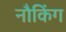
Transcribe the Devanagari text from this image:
नौकिंग